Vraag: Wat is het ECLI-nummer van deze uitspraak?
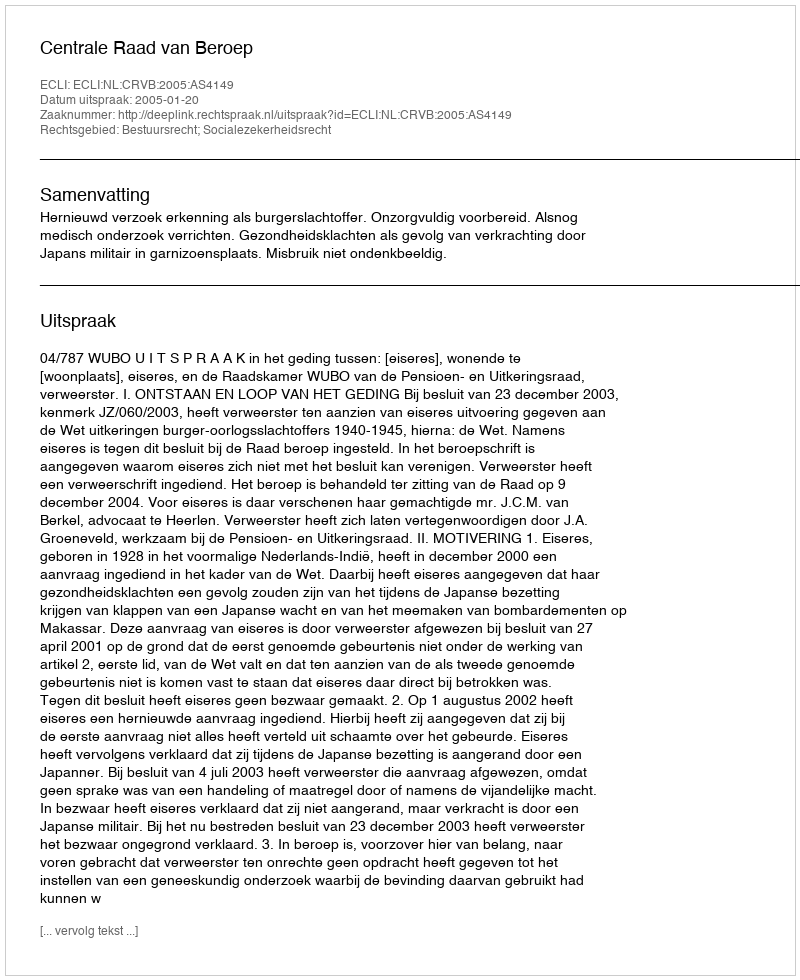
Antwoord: ECLI:NL:CRVB:2005:AS4149